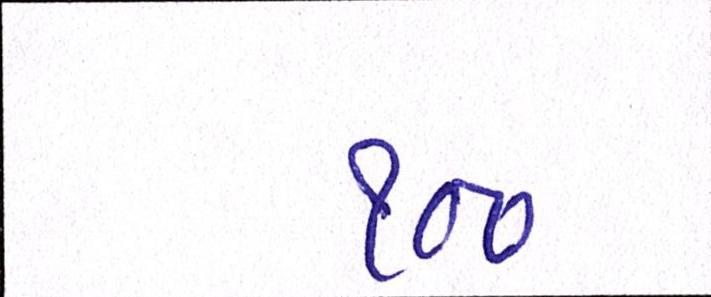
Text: ૧૦૦